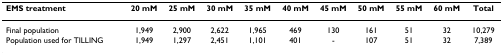
<table><thead><tr><td><b>EMS treatment</b></td><td><b>20 mM</b></td><td><b>25 mM</b></td><td><b>30 mM</b></td><td><b>35 mM</b></td><td><b>40 mM</b></td><td><b>45 mM</b></td><td><b>50 mM</b></td><td><b>55 mM</b></td><td><b>60 mM</b></td><td><b>Total</b></td></tr></thead><tbody><tr><td>Final population</td><td>1,949</td><td>2,900</td><td>2,622</td><td>1,965</td><td>469</td><td>130</td><td>161</td><td>51</td><td>32</td><td>10,279</td></tr><tr><td>Population used for TILLING</td><td>1,949</td><td>1,297</td><td>2,451</td><td>1,101</td><td>401</td><td>-</td><td>107</td><td>51</td><td>32</td><td>7,389</td></tr></tbody></table>